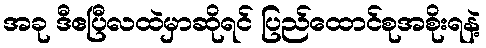
အခု ဒီဧပြီလထဲမှာဆိုရင် ပြည်ထောင်စုအစိုးရနဲ့